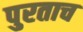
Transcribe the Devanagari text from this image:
पुरताच